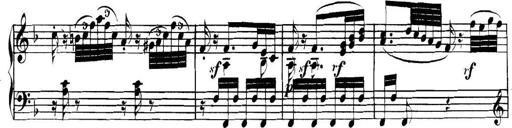
Title: Collected Piano Sonatas
Composer: Muzio Clementi